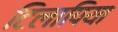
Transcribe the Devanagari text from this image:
टिलापिया